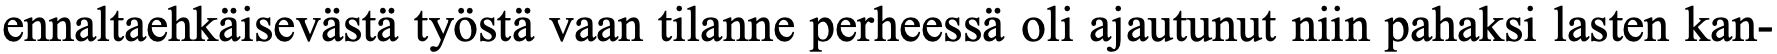
ennaltaehkäisevästä työstä vaan tilanne perheessä oli ajautunut niin pahaksi lasten kan-